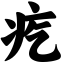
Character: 疙